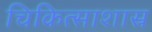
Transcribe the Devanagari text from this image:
चिकित्साशास्र